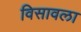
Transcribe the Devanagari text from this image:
विसावला